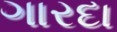
ગારદા